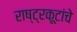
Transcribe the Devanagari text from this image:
राष्ट्रकूटांचे